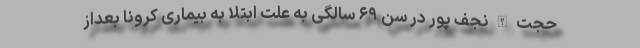
حجت الله نجف پور در سن ۶۹ سالگی به علت ابتلا به بیماری کرونا بعداز